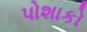
પોશાકો